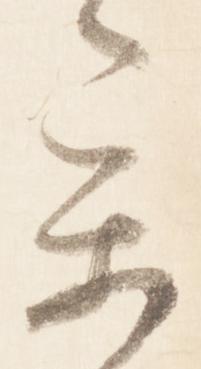
参